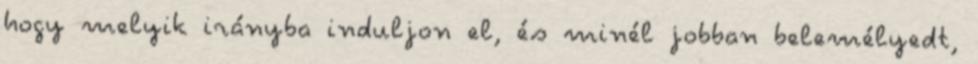
hogy melyik irányba induljon el, és minél jobban belemélyedt,